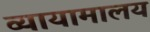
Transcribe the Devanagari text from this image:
व्यायामालय